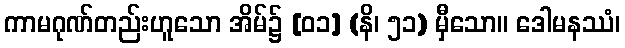
ကာမဂုဏ်တည်းဟူသော အိမ်၌ [၀၁] (နိ၊ ၅၁) မှီသော။ ဒေါမနဿံ၊